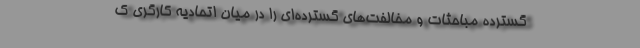
گسترده مباحثات و مخالفت‌های گسترده‌ای را در میان اتحادیه کارگری ک